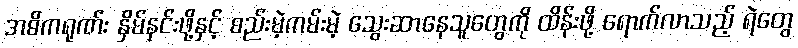
အဓိကရုဏ်း နှိမ်နင်းဖို့နှင့် စည်းမဲ့ကမ်းမဲ့ သွေးဆာနေသူတွေကို ထိန်းဖို့ ရောက်လာသည့် ရဲတွေ